Newspaper: The Anaconda standard. [volume]
Place of publication: Anaconda, Mont.
Publisher: Standard Pub. Co.
Date: 1895-11-19 00:00:00
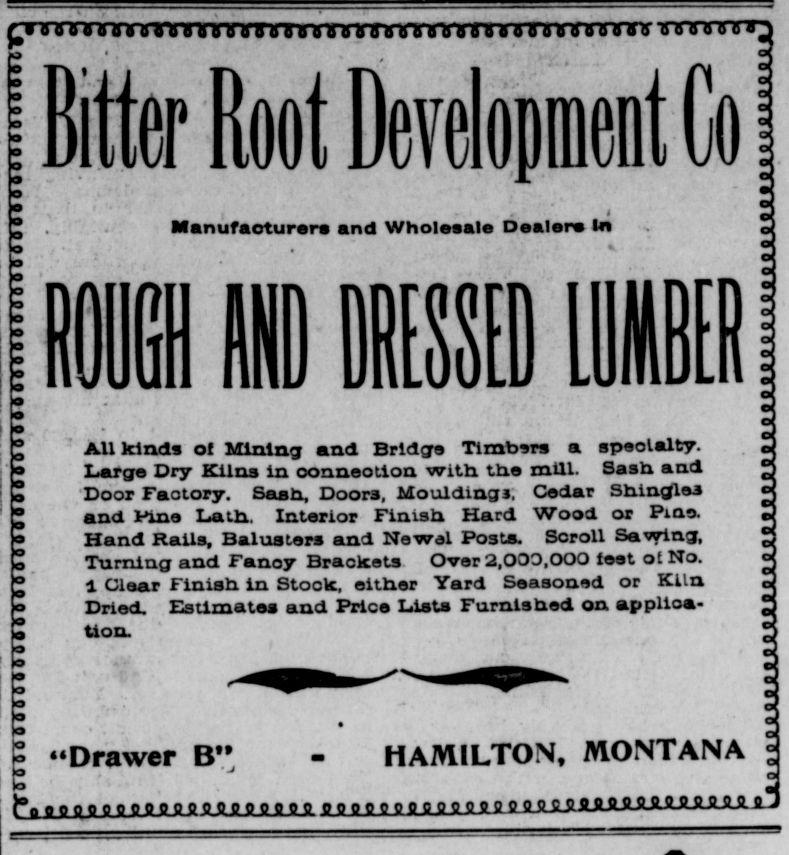
Advertisement text (OCR):
--- --- -- --- -- --------da ta e Tisass a sp oaty Doomastory. De shrt DoorMudigCda ha saBifer aoot Do PHolt C * dManusaeturers and Wholesalo Dealers 10 AU ]dads of Mining an d Bridge Timbers a 2p.0talbf. Large Dry Lilas in conneotion with the mill. Sash and Door Faotory. Sark, Doors, Mouldings; Cedar Shiodles mad vine Lath. Interior Finish Hard Wood or Pine. Hand Rails. Balustere and Newel Posts. Scroll SeefiDg, Turning and Fancy Brackets. Ober 2,003,000 feet of No. t Clear Finish in Stook, either Yard Seasoned or KiLn Drted. Estimates and Patoe Lists Furnished an applioa tion. ""Drawer B" H HAMILTON, MONTANA
Label: text-only